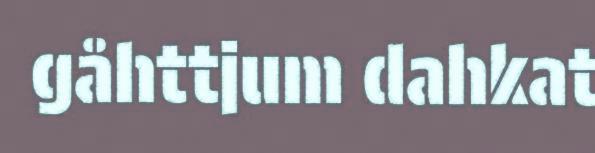
gåhttjum dahkat